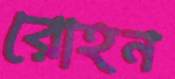
রোহন